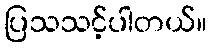
ပြသသင့်ပါတယ်။